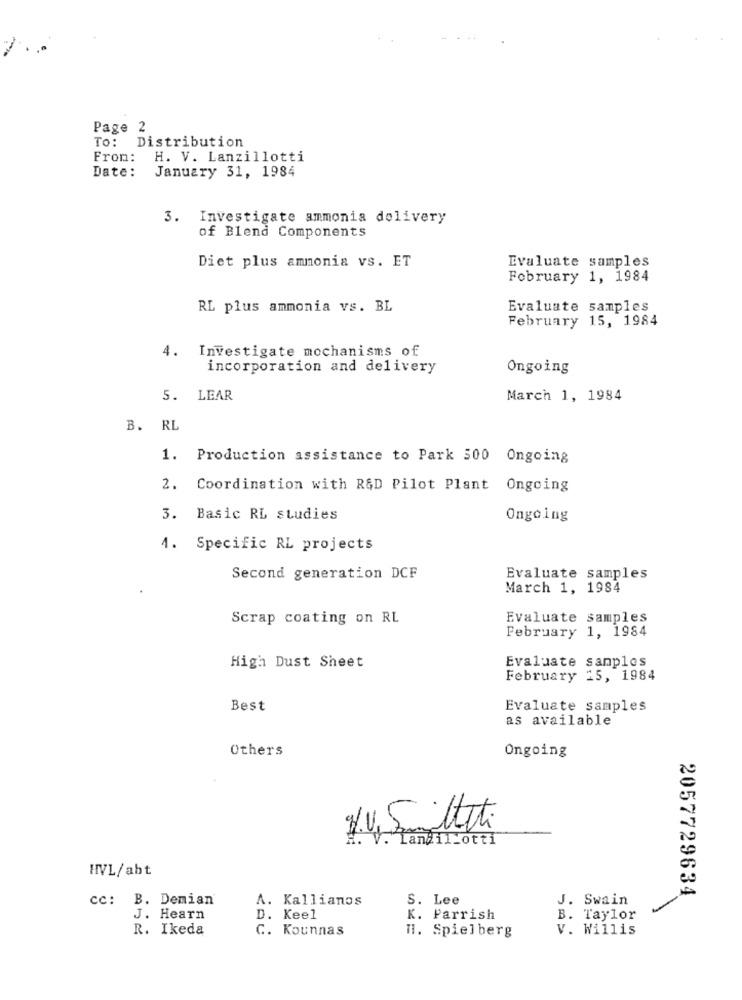
Page 2
To: Distribution
From:
H. V. Lanzillotti
Date:
January 31, 1984
3. Investigate ammonia delivery
of Blend Components
Diet plus ammonia vs. ET
Evaluate samples
February 1, 1984
RL plus ammonia vs. BL
Evaluate samples
February 15, 1984
4. Investigate mechanisms of
incorporation and delivery
Ongoing
5. LEAR
March 1, 1984
B. RL
1. Production assistance to Park 500 Ongoing
2. Coordination with R&D Pilot Plant Ongoing
3. Basic RL studies
Ongoing
1. Specific RL projects
Second generation DCF
Evaluate samples
March 1, 1984
Scrap coating on RL
Evaluate samples
February 1, 1984
Evaluate samples
High Dust Sheet
February 15, 1984
Best
Evaluate samples
as available
Others
Ongoing
Tandil_ott1
HVL/abt
2057729634
cc: B. Demian'
A. Kallianos
S. Lee
J. Swain
J. Hearn
D. Keel
K. Parrish
B. Taylor
R. Ikeda
C. Kounnas
H. Spielberg
V. Willis